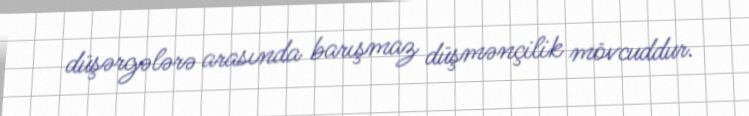
düşərgələrə arasında barışmaz düşmənçilik mövcuddur.